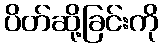
ပိတ်ဆို့ခြင်းကို